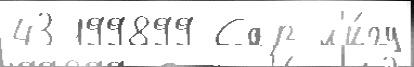
43 199899 Сар л'и́гу